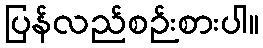
ပြန်လည်စဉ်းစားပါ။